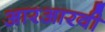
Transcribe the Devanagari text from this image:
आरआरवी